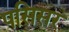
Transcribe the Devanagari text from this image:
पसिसर